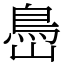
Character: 㠀